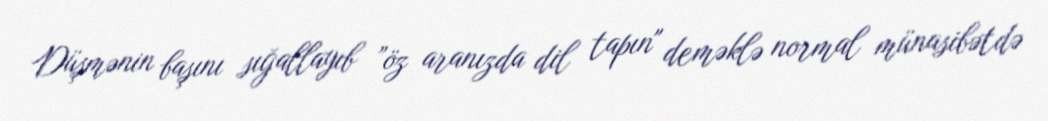
Düşmənin başını sığallayıb ”öz aranızda dil tapın" deməklə normal münasibətdə